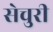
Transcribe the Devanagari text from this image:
सेचुरी